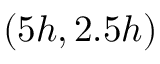
( 5 h , 2 . 5 h )